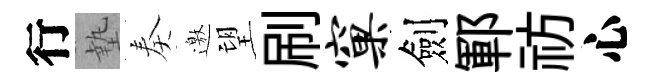
行墊奏邀望刷窠劍鄆祊心